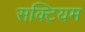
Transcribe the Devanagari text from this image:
सक्टियम